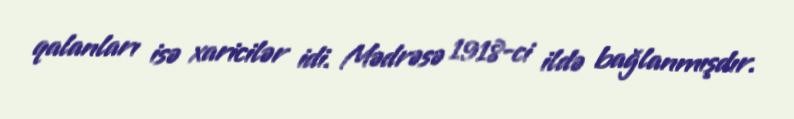
qalanları isə xaricilər idi. Mədrəsə 1918-ci ildə bağlanmışdır.